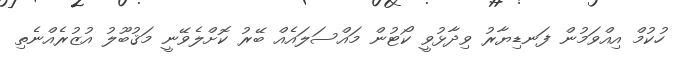
ހުކުމް އިއްވަމުން ފަނޑިޔާރު ވިދާޅުވީ ކޯޓުން މައްސަލައެއް ބޭރު ކޮށްލެވޭނީ މަޤުބޫލު އުޒުރެއްނެތި